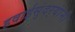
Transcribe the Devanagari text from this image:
हवाईसुंदर्‍यांंनी